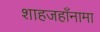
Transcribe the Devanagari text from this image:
शाहजहाँनामा